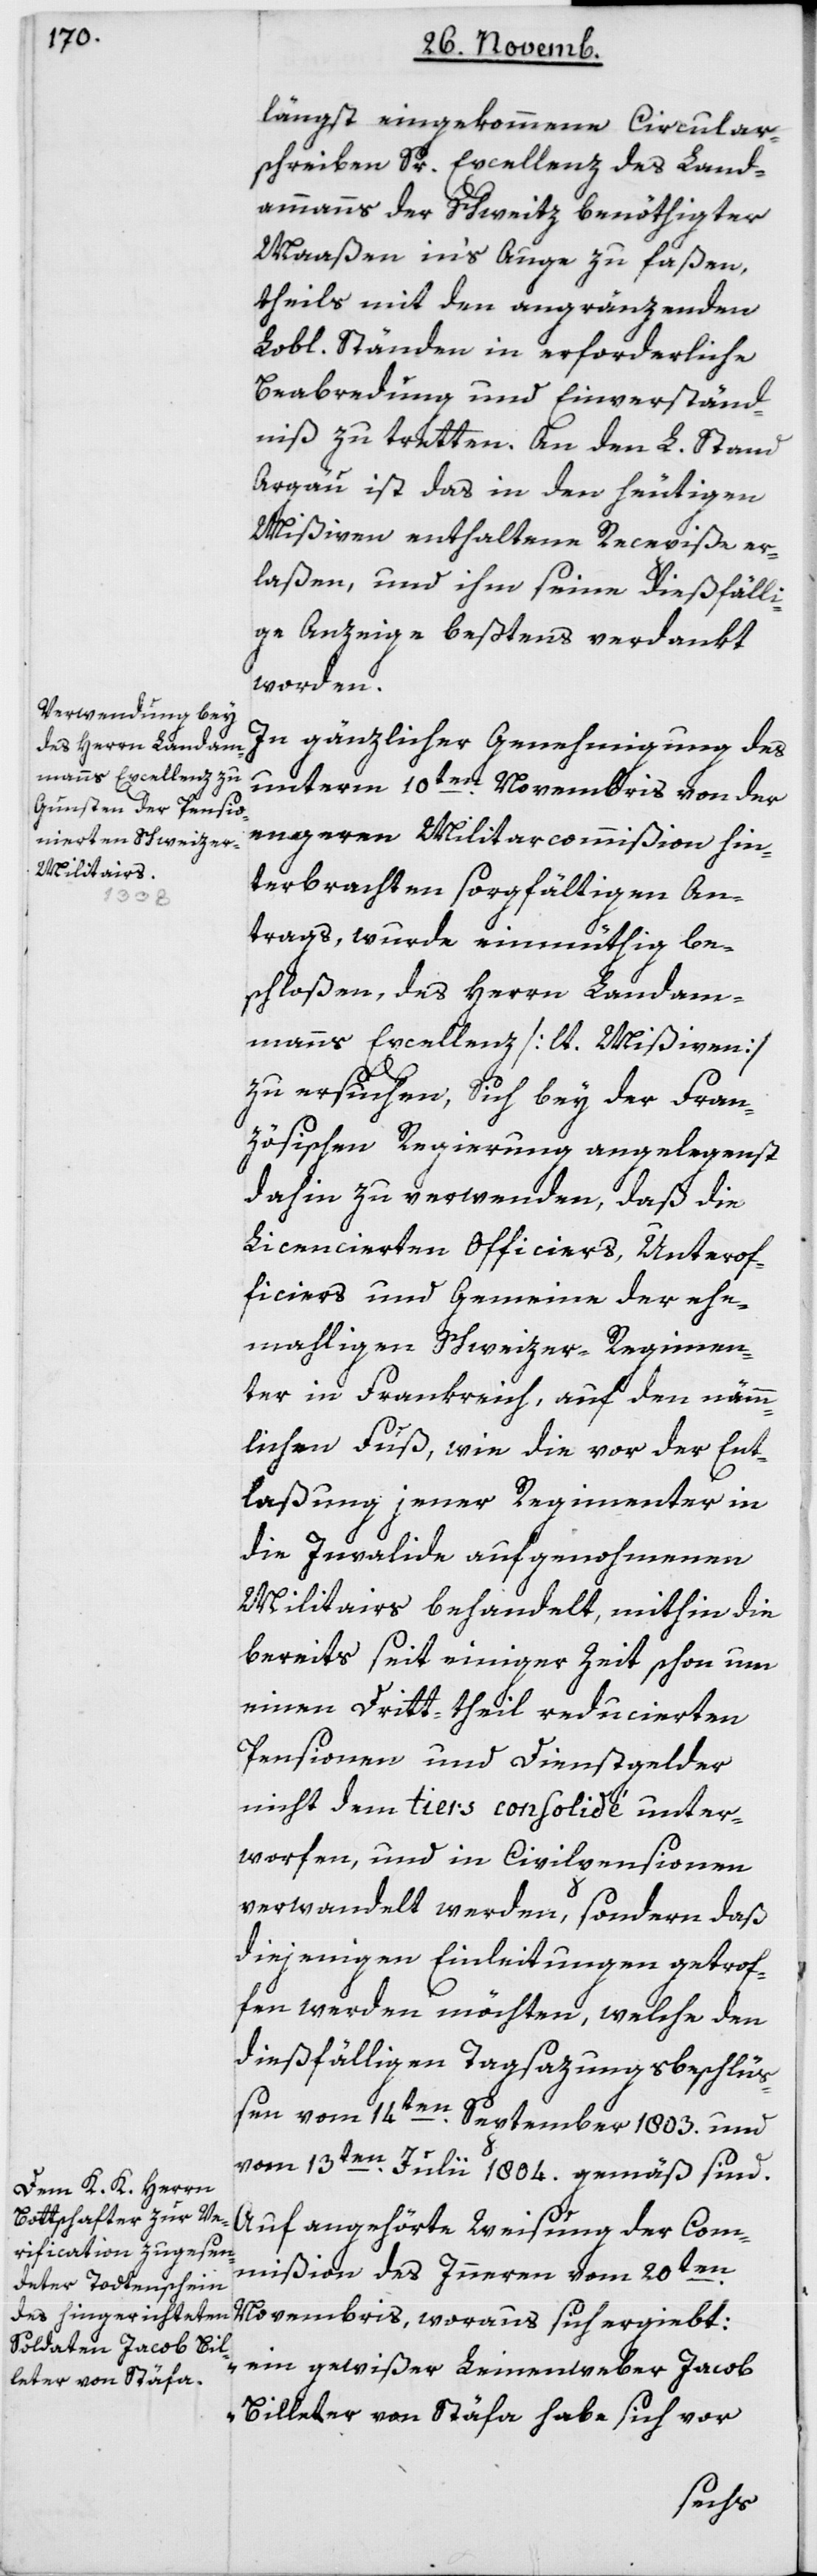
längst eingekommene Circular¬
schreiben Sr Excellenz des Land¬
ammanns der Schweitz benöthigter
Maßen ins Auge zu faßen,
theils mit den angränzenden
L. Ständen in erforderliche
Beabredung und Einverständ¬
nis zu tretten. An den L. Stand
Argau ist das in den heutigen
Mißiven enthaltene Recepiße er¬
laßen, und ihm seine diesfälli¬
ge Anzeige beßtens verdankt
worden.
In gänzlicher Genehmigung des
unterm 10ten Novembris von der
engeren Militarcommißion hin¬
terbrachten sorgfältigen An¬
trags, wurde einmüthig be¬
schloßen, des Herrn Landam¬
manns Excellenz [lt. Mißiven]
zu ersuchen, sich bey der Fran¬
zösischen Regierung angelegenst
dahin zu verwenden, daß die
Licencierten Officiers, Unterof¬
ficiers und Gemeine der ehe¬
mahligen Schweizer-Regimen¬
ter in Frankreich, auf den näm¬
lichen Fuß, wie die vor der Ent¬
laßung jener Regimenter in
die Invalide aufgenommenen
Militairs behandelt, mithin die
bereits seit einiger Zeit schon um
einen Dritt-theil reducierten
Pensionen und Dienstgelder
nicht dem tiers consolidé unter¬
worfen, und in Civilpensionen
verwandelt werden, sondern daß
diejenigen Einleitungen getrof¬
fen werden möchten, welche den
dießfälligen Tagsatzungsbeschlüß¬
en vom 14ten September 1803 und
vom 13ten Julii 1804 gemäß sind.
Auf angehörte Weisung der Com¬
mißion des Inneren vom 20ten
Novembris, woraus sich ergiebt:
„Ein gewißer Leinenweber Jacob
Billeter von Stäfa habe sich vor